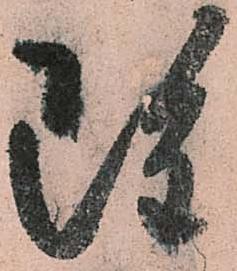
雖